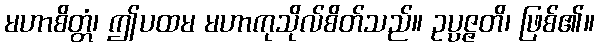
မဟာစိတ္တံ၊ ဤပထမ မဟာကုသိုလ်စိတ်သည်။ ဥပ္ပဇ္ဇတိ၊ ဖြစ်၏။